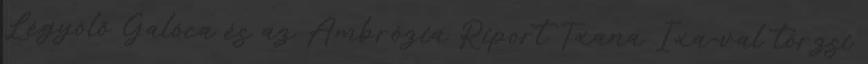
Légyölő Galóca és az Ambrózia Riport Txana Ixa-val törzsi